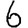
Digit: 6